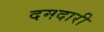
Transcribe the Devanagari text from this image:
दमदारी